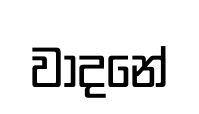
වාදනේ